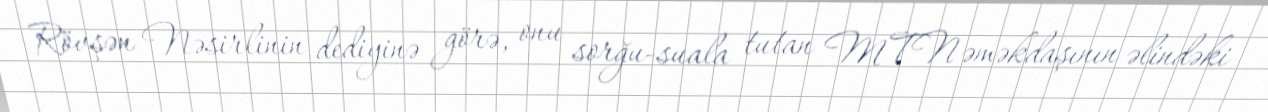
Rövşən Nəsirlinin dediyinə görə, onu sorğu-suala tutan MTN əməkdaşının əlindəki